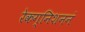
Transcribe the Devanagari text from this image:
रेकग्निशननं